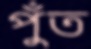
পুঁত